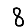
Digit: 8